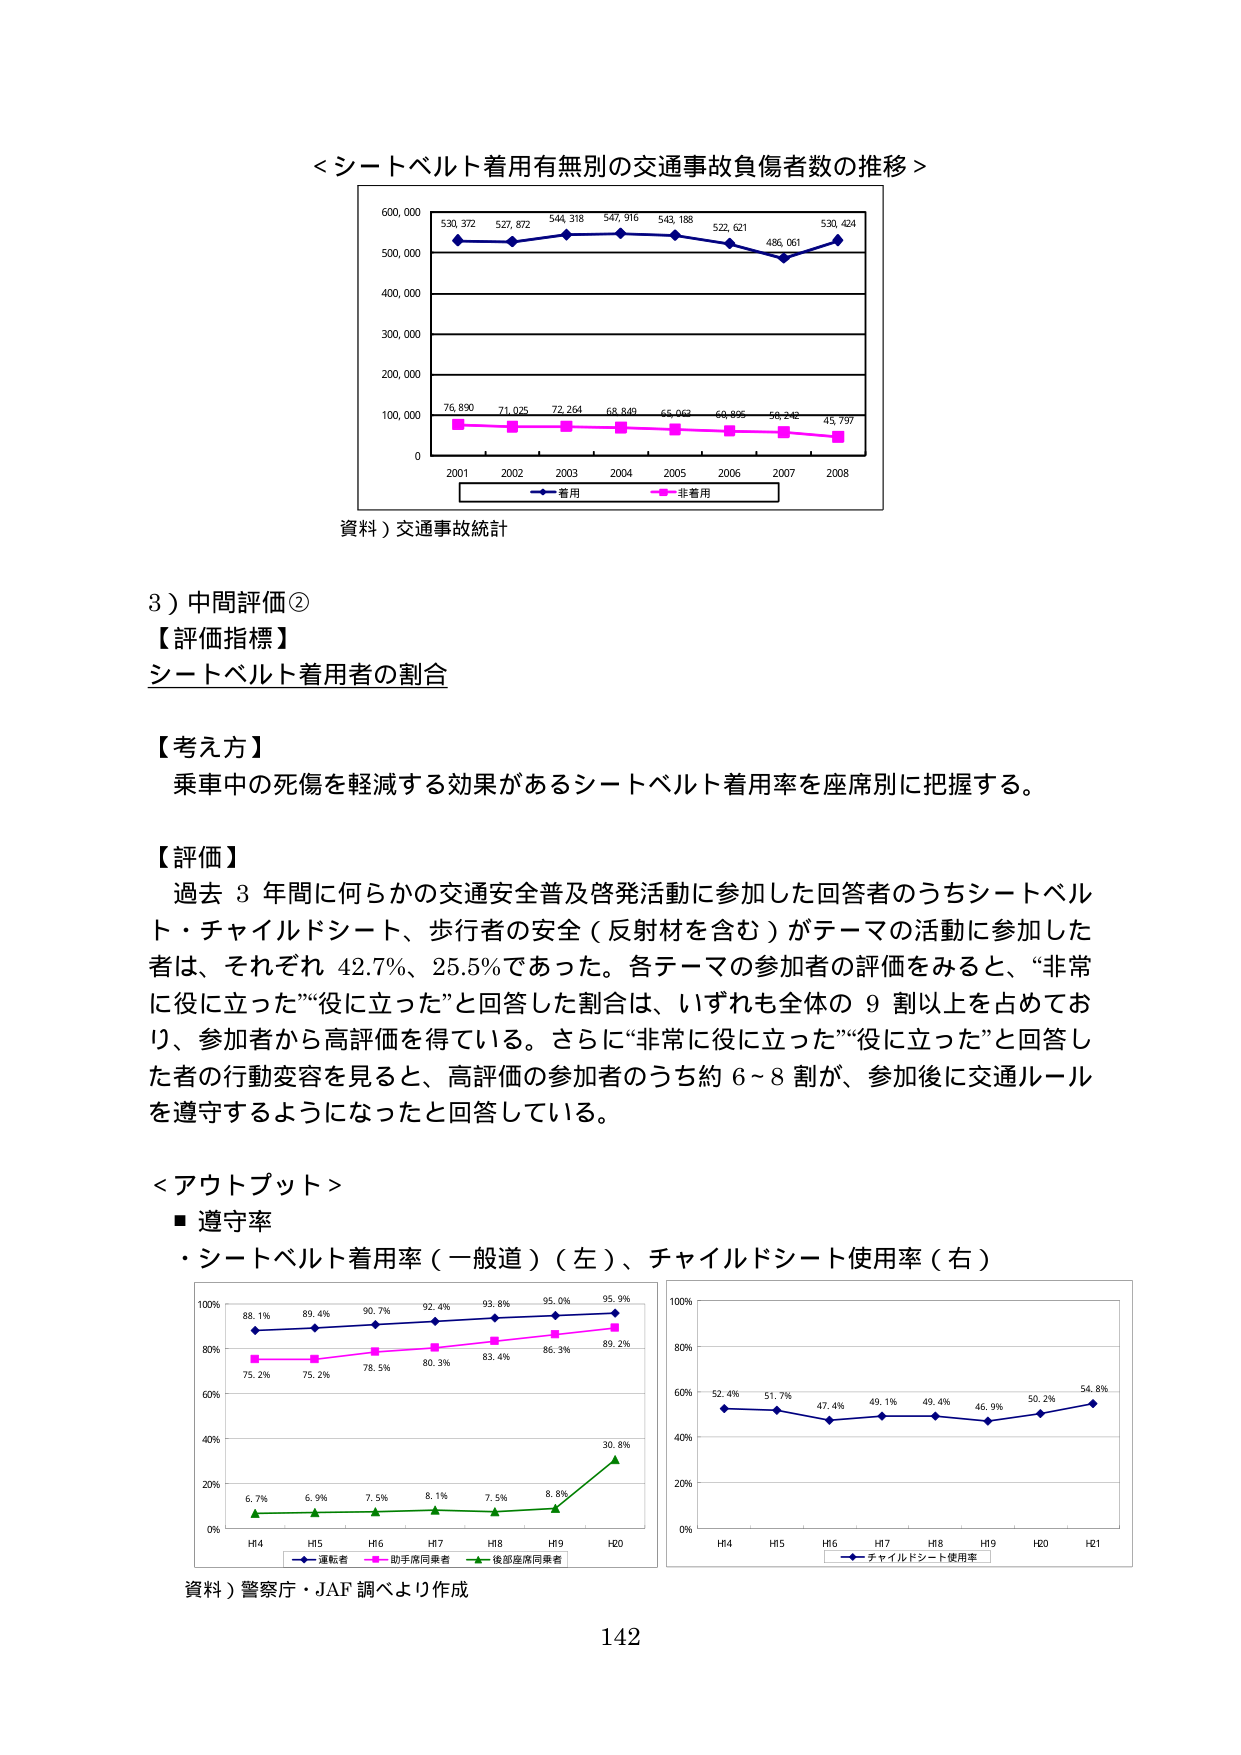
＜シートベルト着用有無別の交通事故負傷者数の推移＞
600,000
530,372 527,872 544,318 547,916 543,188 522,621 486,061 530,424
500,000
400,000
300,000
200,000
100,000
76,890 71,025 72,264 68,849 65,062 60,895 56,242 45,797
0
2001 2002 2003 2004 2005 2006 2007 2008
着用 非着用
資料）交通事故統計

3）中間評価②
【評価指標】
シートベルト着用者の割合

【考え方】
乗車中の死傷を軽減する効果があるシートベルト着用率を座席別に把握する。

【評価】
過去 3 年間に何らかの交通安全普及啓発活動に参加した回答者のうちシートベルト・チャイルドシート、歩行者の安全（反射材を含む）がテーマの活動に参加した者は、それぞれ 42.7%、25.5%であった。各テーマの参加者の評価をみると、“非常に役に立った”“役に立った”と回答した割合は、いずれも全体の 9 割以上を占めており、参加者から高評価を得ている。さらに“非常に役に立った”“役に立った”と回答した者の行動変容を見ると、高評価の参加者のうち約 6～8 割が、参加後に交通ルールを遵守するようになったと回答している。

＜アウトプット＞
■ 遵守率
・シートベルト着用率（一般道）（左）、チャイルドシート使用率（右）
100%
88.1% 89.4% 90.7% 92.4% 93.8% 95.0% 95.9%
80%
75.2% 75.2% 78.5% 80.3% 83.4% 86.3% 89.2%
60%
40%
20%
6.7% 6.9% 7.5% 8.1% 7.5% 8.8% 30.8%
0%
H4 H5 H6 H7 H8 H9 H20
運転者 助手席同乗者 後部座席同乗者
100%
52.4% 51.7% 47.4% 49.1% 49.4% 46.9% 50.2% 54.8%
80%
60%
40%
20%
0%
H4 H5 H6 H7 H8 H9 H20 H21
チャイルドシート使用率
資料）警察庁・JAF 調べより作成
142